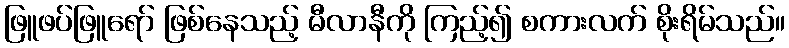
ဖြူဖပ်ဖြူရော် ဖြစ်နေသည့် မီလာနီကို ကြည့်၍ စကားလက် စိုးရိမ်သည်။